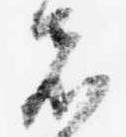
者